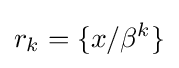
r_{k}=\{x/\beta ^{k}\}